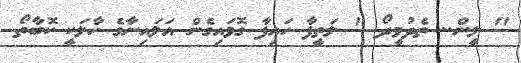
" ލީން.. ތެދުވީދޯ " ލަތީފާ ހައިފާ ގޮވައިގެން އަލައިނާގެ ހާލަކީ ކޮބާތޯ